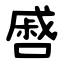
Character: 㗤